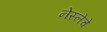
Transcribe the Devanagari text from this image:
नेस्लेचे